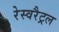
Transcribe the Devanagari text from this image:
रेस्वरैट्रल